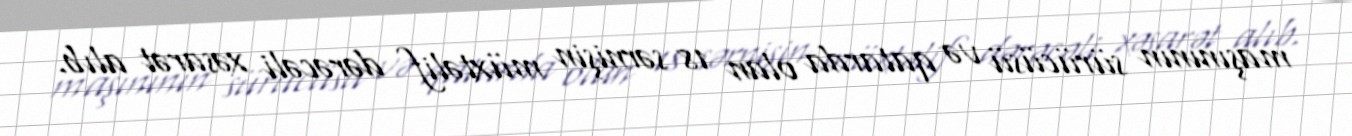
maşınının sürücüsü və qatarda olan 18 sərnişin müxtəlif dərəcəli xəsarət alıb.